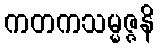
ကတကသမ္မဇ္ဇနိ